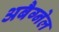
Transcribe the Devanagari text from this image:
अबैग्नेल